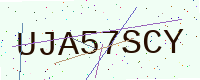
Text: UJA57SCY